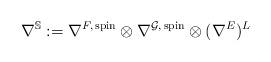
LaTeX: \begin{align*}\nabla^{\mathbb{S}} := \nabla^{F,\,\mathrm{spin}}\otimes \nabla^{{\mathcal G},\,\mathrm{spin}}\otimes (\nabla^{E})^{L} \end{align*}